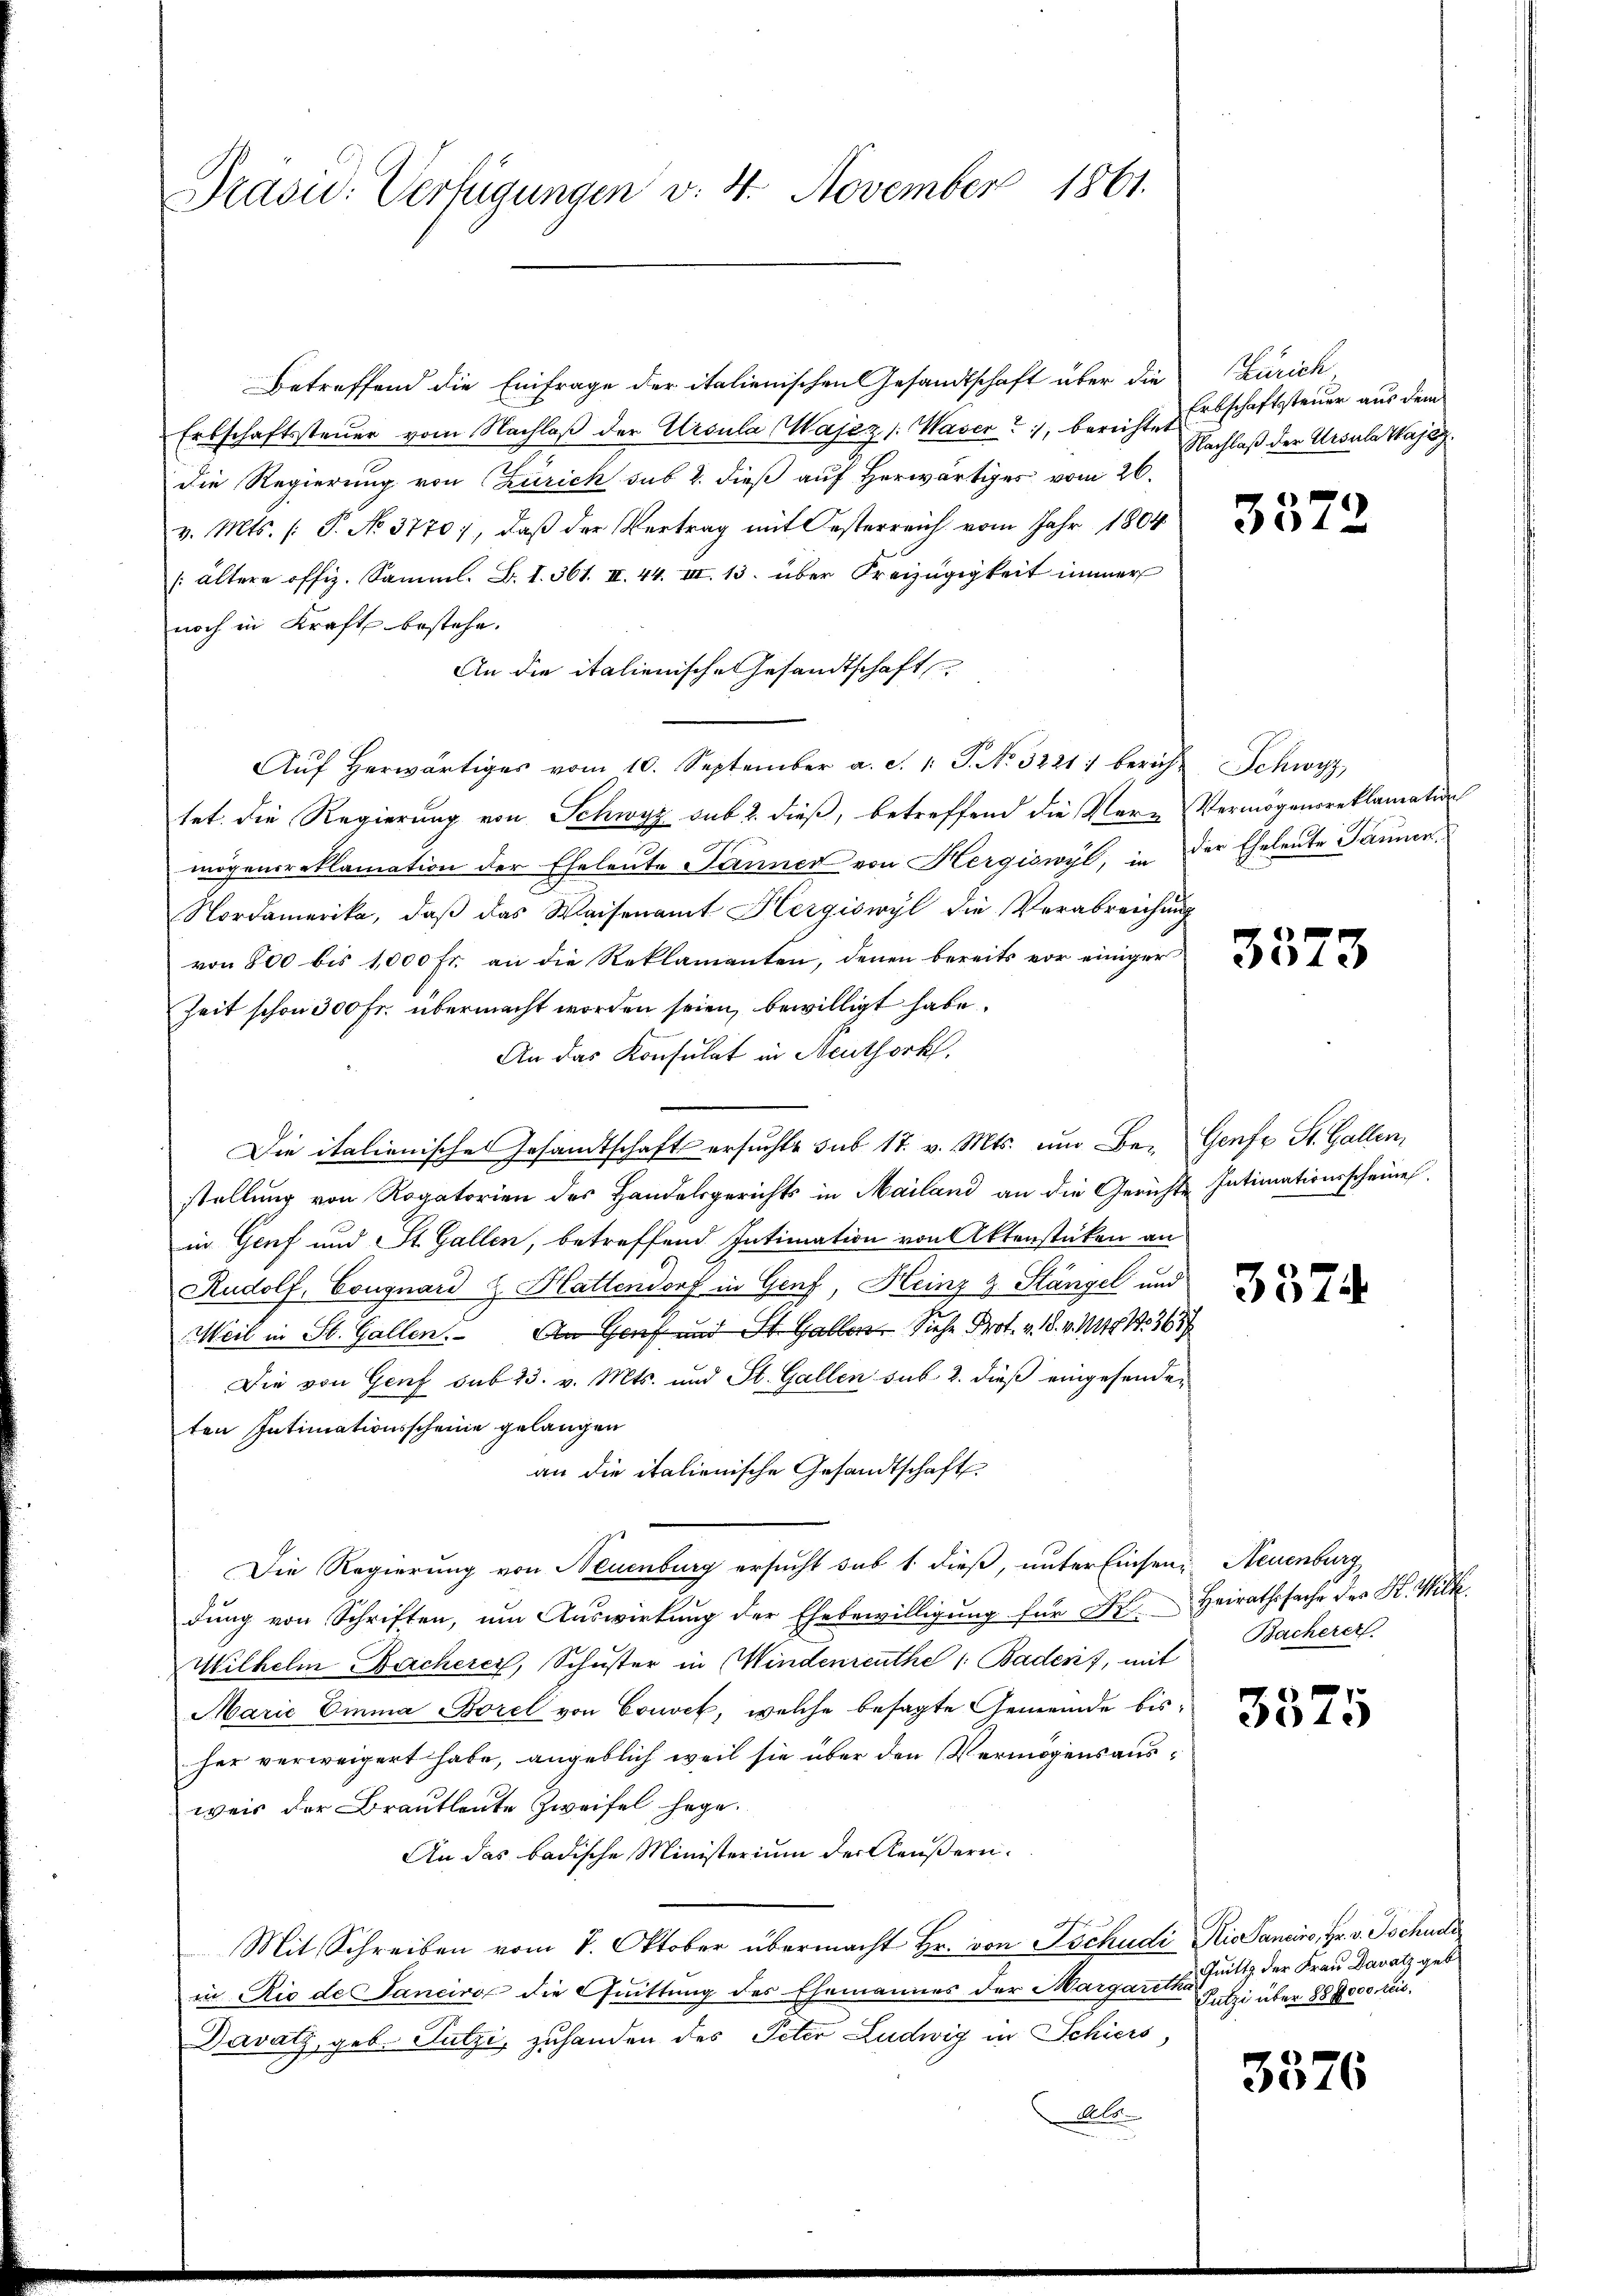
Präsid. Verfügungen v. 4. November 1861.

Betreffend die Einfrage der italienischen Gesandtschaft über die
Erbschaftssteŭer vom Nachlaβ der Ursula Wajez /: Waser, bereichte Erbschaftssteuer aus dem
die Regierung von Zürich sub 2. dieß auf Herwärtiges vom 26.
v. Mts. (: P. No. 37707, daβ der Vertrag mit Oesterreich vom Jahr 1804
(ältere offiz. Samml. B. 1. 361. II. 44. III. 13. über Freizügigkeit immer
noch in Kraft bestehe.
An die italienische Gesandtschaft
Aŭf herwärtiges vom 10. September a. d. 1. J. No. 3221: beruht Schwyz,
tet, die Regierung von Schwyz sub 2. dieß, betreffend die Ver-Vermögensreklamation
mögensreklamation der Eheleute Jänner von Hergiswyl, in der Eheleute Jänner
Nordamerika, daß das Waisenamt Hergiswyl die Verabreichung
von 800 bis 1,000 Fr. an die Reklamanten, denen bereits vor einiger
Zeit schon 300 Fr. übermacht worden seien, bewilligt habe.
An das Konsulat in Neuthork
Die italienisches Gesandtschaft ersuchte sub 17. v. Mts. um Be- Genfe St. Gallen,
stellung von Rogatorien des Handelsgerichts in Mailand an die Gerichte Intimationsscheines
in Genf und St. Gallen, betreffend Intimation von Aktenstücken an
Rudolf, Cougnard z. Hattendorf in Genf, Heinz z. Stängel und
Weil in St. Gallen. An Genf und St. Gallen Siehe Prot. v. 18. v. 114, 1367
Die von Genf sub 23. v. Mts. und St. Gallen sub 2. dieß eingesendeten Intimationsscheine gelangen
an die italienische Gesandtschaft
Die Regierung von Neuenburg ersucht sub 1 dieß, unter Einsen Neuenburg
dung von Schriften, um Auswirkung der Ehebewilligung für Hr. Heirathssache der K. Wilk.
Wilhelm Bacherer, Schuster in Windenreuthe " Baden, mit
Marie Einna Borel von Convet, welche besagte Gemeinde bisher verweigert habe, angeblich weil sie über den Vermögensausweis der Brautleute Zweifel hege.
An das badische Ministerium der Aeußern.
Mit Schreiben vom 8. Oktober übermacht Hr. von Tschudi Mis Sanciro, Hr. v. Tschudi
in Rio de Tancivo die Quittung des Ehemannes der Margaretha
Davatz, geb. Sutzi, zuhanden des Peter Ludwig in Schiers,
Alo

Zürich
Nachlaß der Ursula Wajez.

3573

3374

Bacherer.

3375

Quitt der Frau Davatz geb
Butzi über 85 000 frs.

3576